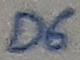
Text: D6